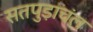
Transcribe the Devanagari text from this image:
सतपुड़ाचंल